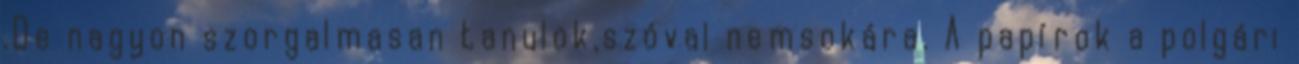
.De nagyon szorgalmasan tanulok,szóval nemsokára. A papírok a polgári